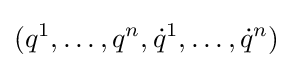
(q^{1},\ldots ,q^{n},{\dot {q}}^{1},\ldots ,{\dot {q}}^{n})